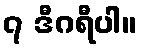
၇ ဒီဂရီပါ။